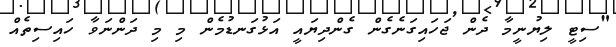
"ސިޓީ ލިޔުނީމާ ދެން ޖަހައިގަނެގެން ގެންދިޔައީ އަޅުގަނޑުމެން މި މި ދަންނަވާ ހައިސިތެއް